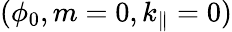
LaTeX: (\phi_{0},m=0,k_{\parallel}=0)